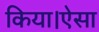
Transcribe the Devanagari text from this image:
किया।ऐसा